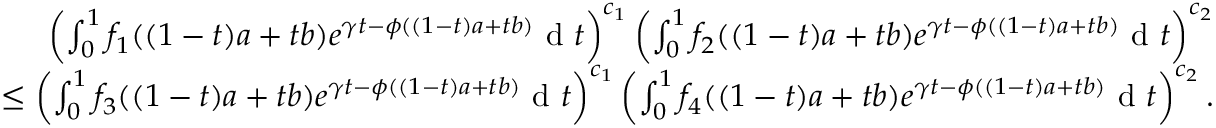
\begin{array} { r } { \left( \int _ { 0 } ^ { 1 } f _ { 1 } ( ( 1 - t ) a + t b ) e ^ { \gamma t - \phi ( ( 1 - t ) a + t b ) } \textup { d } t \right) ^ { c _ { 1 } } \left( \int _ { 0 } ^ { 1 } f _ { 2 } ( ( 1 - t ) a + t b ) e ^ { \gamma t - \phi ( ( 1 - t ) a + t b ) } \textup { d } t \right) ^ { c _ { 2 } } } \\ { \leq \left( \int _ { 0 } ^ { 1 } f _ { 3 } ( ( 1 - t ) a + t b ) e ^ { \gamma t - \phi ( ( 1 - t ) a + t b ) } \textup { d } t \right) ^ { c _ { 1 } } \left( \int _ { 0 } ^ { 1 } f _ { 4 } ( ( 1 - t ) a + t b ) e ^ { \gamma t - \phi ( ( 1 - t ) a + t b ) } \textup { d } t \right) ^ { c _ { 2 } } . } \end{array}